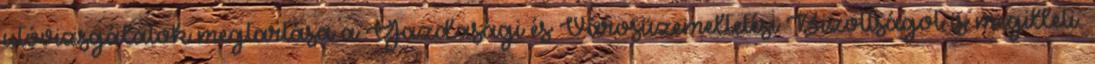
utóvizsgálatok megtartása a Gazdasági és Városüzemeltetési Bizottságot is megilleti.